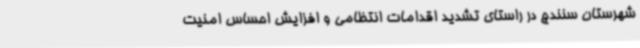
شهرستان سنندج در راستای تشدید اقدامات انتظامی و افزایش احساس امنیت